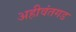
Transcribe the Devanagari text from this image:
अहीवंतगड